Calcutta medical institutions reports 1892-1900
Year: 1892
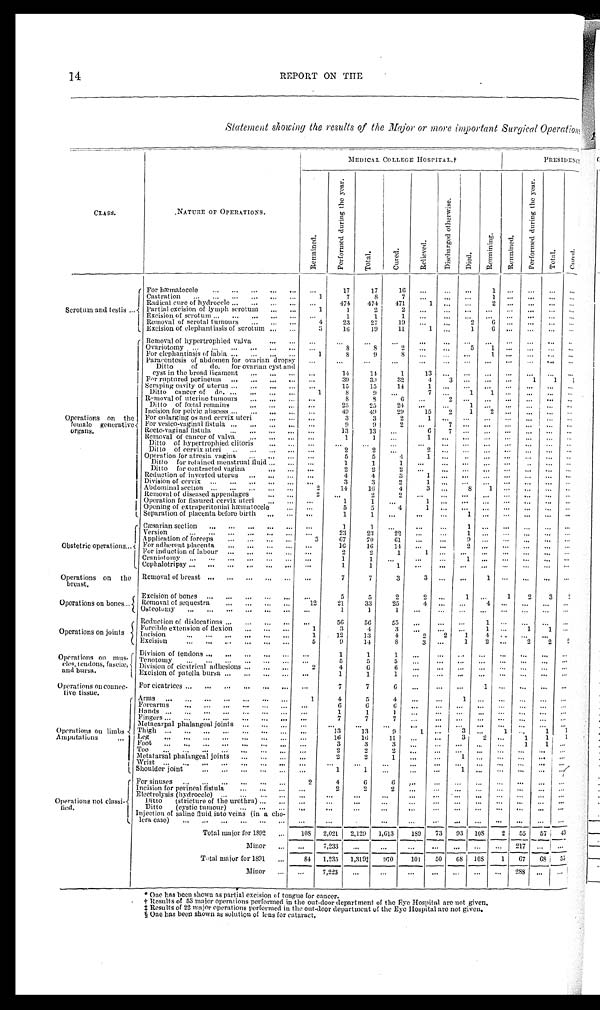
REPORT ON THE
Statement showing the results of the Major or more important Surgical Operations
CLASS.
NATURE 0F OPERATIONS.
MEDICAL COLLEGE HOSPITAL. †
P R E S I D E N C Y .
R e m a i n e d .
P e r f o r m e d d u r i n g t h e y e a r .
T o t a l .
C u r e d .
R e l i e v e d
D i s c h a r g e d o t h e r w i s e .
D i e d . R e m a i n i n g .
R e m a i n e d .
P e r f o r m e d d u r i n g t h e y e a r .
T o t a l .
C u r e d .
Scrotum and testis
For hæmatocele
17
17
16
1
Castration
1
7
8
7
1
Radical cure of hydrocele
474 474 471
1
2
Partial excision of lymph scrotum
1
1
2
2
Excision of scrotum
1
1
1
Removal of scrotal tumours
4
23
27
19
2
6
Excision of elephantiasis of scrotum
3
16
19
11
1
1
6
Operations on the
female generative
organs.
Removal of hypertrophied valva
Ovariotomy
8
8
2
5
1
For elephantiasis of labia
1
8
9
8
1
Paracentesis of abdomen for ovarian dropsy
Ditto of do. for ovarian cyst and
cyst in the broad ligament
14
14
1
13
For ruptured perineum
39
39 32
4
3
1 1
1
Scraping cavity of uterus
15
15
14
1
Ditto cancer of do
1
8
9
7
1
1
Removal of uterine tumours
8
8
6
2
Ditto of fœtal remains
25
25
24
1
Incision for pelvic abscess
49
49
29
15 2 1 2
For enlarging os and cervix uteri
3
3
2
1
For vesico-vaginal fistula
9
9
2
7
Recto-vaginal fistula
13
13
6 7
Removal of cancer of valva
1
1
1
Ditto of hypertrophied clitoris
Ditto of cervix uteri
2
2
Operation for atresia vagina
5
5
4
1
Ditto for retained menstrual fluid
1
1
1
Ditto for contracted vagina
2
2
Reduction of inverted uterus
4
4
3
1
Division of cervix
3
3
2
1
Abdominal section
2
14
16
4
3
8 1
Removal of diseased appendages
2
Operation for fissured cervix uteri
1
Opening of extraperitonial hæmatocele
5
5
4
1
Separation of placenta before births
...
1
1
Obstetric operations
Cæsarian section
1
1
1
Version
2 3 23
22
Application of forceps
3
67
70
61
9
For adherent placenta
16
16
14
2
For induction of labour
2
2
1
1
Craniotomy
1
1
Cephalotripsy
1
1
1
Operations on the
breast.
Removal of breast
7
7
3
Operations on bones
Excision of bones
5
5
2
1 2 3
2
Removal of sequestra
12
21
33
25
4
4
Osteotomy
1
1
1
Operations on joints
Reduction of dislocations
56
50
55
1
Forcible extension of flexion
1
3
4
3
1
1 1
Incision
1
12
13
4
2 2 1 4
Excision
5
9
14
8
1 2
2 2
Operations on mus -
eles, tendons, faseiæ,
and bursa.
Division of tendons
1
1
1
Tenotomy
5
5
5
Division of cicatrical adhesions
2
4
6
6
Excision of patella bursa
1
1
1
Operations on connec
- five tissue.
For cicatrices
7
7
6
1
Arms
1
4
5
4
Operations on limbs
Amputations
Forearms
6
6
Hands
1
1
1
Fingers
7
7
Metacarpal phalangeal joints
1
Thigh
13
13
9
1
3
1
1 1
Leg
16
16
11
Foot
3
3
3
Toe
...
2
2
2 .
Metatarsal phalangeal joints
2
2
1
1
Wrist
...
...
...
...
Shoulder joint
1
1
1
Operations not
c l a s s i - f i e d .
For sinuses
2
4
6
6
Incision for perineal fistula
2
2
2
Electrolysis(hydrocele) Ditto (stricture of the urethra)
Ditto (cystic tumour)
I n j e c t i o n o f s a l i n ef l u i di n t o v e i n s ( i na cho-
lera case)
Total major for 1 8 9 2
108 2,021 2,129 1,613 189 73 93 108 2 55 57 4 3
Minor
7,233
217
Total major for 1891
84 1,235 1,319‡ 970 101 50 68 108 1 67 68 55
Minor
7,223
288
* O n e h a s b e e n s h o w n a s p a r t i a l e x c i s i o n o f t o n g u e f o r c a n c e r .
† R e s u l t s o f 5 3 m a j o r o p e r a t i o n s p e r f o r m e d i n t h e o u t - d o o r d e p a r t m e n t o f t h e E y e H o s p i t a l a r e n o t g i v e n .
‡
Results of 22 major operations performed in the out-door department of the Eye Hospital are not given.
§ One has been shown as solution of lens for cataract.